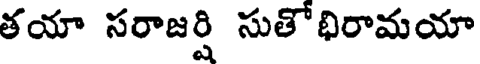
తయా సరాజర్షి సుతో భిరామయా